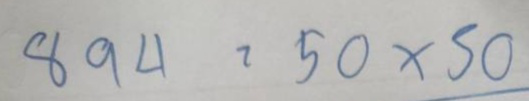
894 = 50 x 50